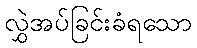
လွှဲအပ်ခြင်းခံရသော